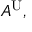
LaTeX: A ^ { \mathrm { U } } ,